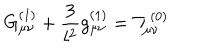
G _ { \mu \nu } ^ { ( 1 ) } + \frac { 3 } { l ^ { 2 } } g _ { \mu \nu } ^ { ( 1 ) } = { \cal T } _ { \mu \nu } ^ { ( 0 ) }